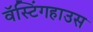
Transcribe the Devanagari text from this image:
वॅस्टिंगहाउस